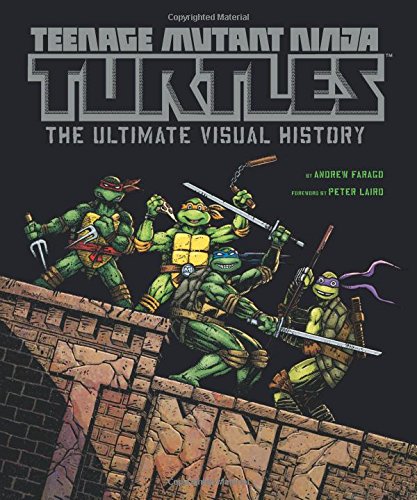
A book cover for Teenage Mutant Ninja Turtles: The Ultimate Visual History; Andrew Farago; Comics & Graphic Novels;